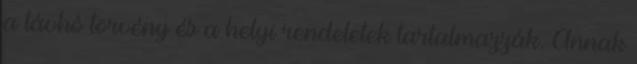
a távhô törvény és a helyi rendeletek tartalmazzák. Annak